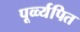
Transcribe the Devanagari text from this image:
पूर्व्व्यपित